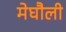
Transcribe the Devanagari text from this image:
मेघौली